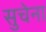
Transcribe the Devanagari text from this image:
सुचेना